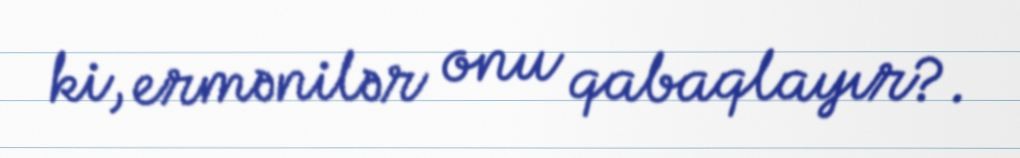
ki, ermənilər onu qabaqlayır?.